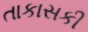
તાકાસકી